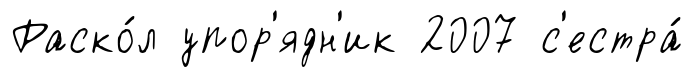
Раско́л упор'ядн'ик 2007 с'естра́